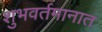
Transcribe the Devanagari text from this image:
शुभवर्तमानात